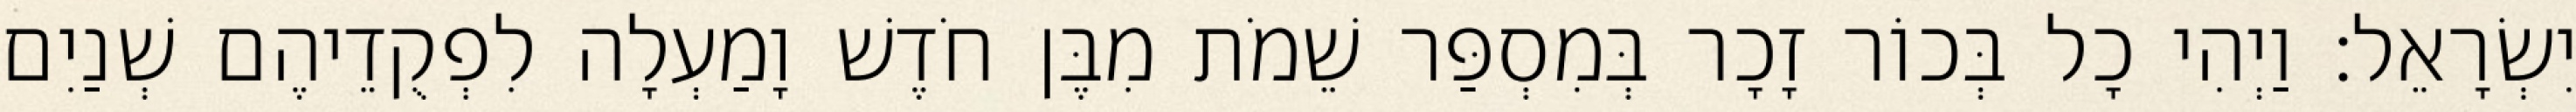
יִשְׂרָאֵל׃ וַיְהִי כָל בְּכוֹר זָכָר בְּמִסְפַּר שֵׁמֹת מִבֶּן חֹדֶשׁ וָמַעְלָה לִפְקֻדֵיהֶם שְׁנַיִם